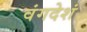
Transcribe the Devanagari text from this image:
वंगदेशं